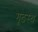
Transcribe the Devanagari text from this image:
गूढस्थ